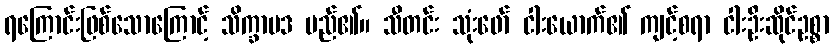
ရကြောင်းဖြစ်သောကြောင့် သိက္ခာပဒ မည်၏။ သီတင်း သုံးဖော် ငါးယောက်၏ ကျင့်စရာ ငါးဦးဆိုင်ဥစ္စာ